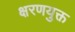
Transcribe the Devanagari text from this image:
क्षरणयुक्त